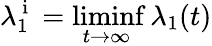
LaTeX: \lambda_{1}^{\mathrm{~i~}}=\operatorname*{liminf}_{t\to\infty}\lambda_{1}(t)